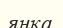
янка